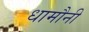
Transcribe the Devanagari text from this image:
धामौनी